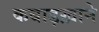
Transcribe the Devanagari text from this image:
कबाड़ख़ाने